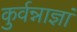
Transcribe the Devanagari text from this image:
कुर्वन्नाज्ञां